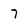
Character: 7